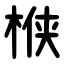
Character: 㮉